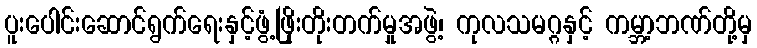
ပူးပေါင်းဆောင်ရွက်ရေးနှင့်ဖွံ့ဖြိုးတိုးတက်မှုအဖွဲ့၊ ကုလသမဂ္ဂနှင့် ကမ္ဘာ့ဘဏ်တို့မှ